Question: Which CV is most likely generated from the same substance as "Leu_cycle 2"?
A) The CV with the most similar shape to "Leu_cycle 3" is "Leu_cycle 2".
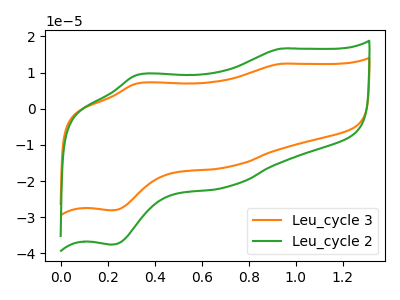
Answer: <think>The orange curve "Leu_cycle 3" has anodic peaks at (0.95V, 12.40uA) (0.35V, 7.00uA) and cathodic peaks at (0.70V, -16.10uA) (0.20V, -28.10uA). The green curve "Leu_cycle 2" has anodic peaks at (0.95V, 16.60uA) (0.35V, 9.40uA) and cathodic peaks at (0.70V, -21.55uA) (0.20V, -37.60uA).
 All the peaks in "Leu_cycle 3" have a peak in "Leu_cycle 2" at the same potential. Every peak in "Leu_cycle 3" is lower than every peak in "Leu_cycle 2".</think>
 <answer>A) The CV with the most similar shape to "Leu_cycle 3" is "Leu_cycle 2".</answer>
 <eval>A</eval>